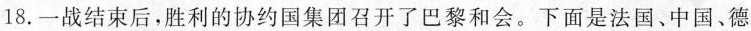
18.一战结束后，胜利的协约国集团召开了巴黎和会。下面是法国、中国、德